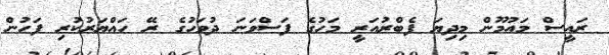
ރައީސް މައުމޫން މިދިޔަ ފެބްރުއަރީ މަހުގެ ފަސްވަނަ ދުވަހުގެ ރޭ ހައްޔަރުކުރި ފަހުން